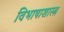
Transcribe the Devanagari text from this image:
विभाषाशास्त्र